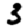
Digit: 3